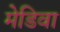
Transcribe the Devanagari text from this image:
मेडिवा